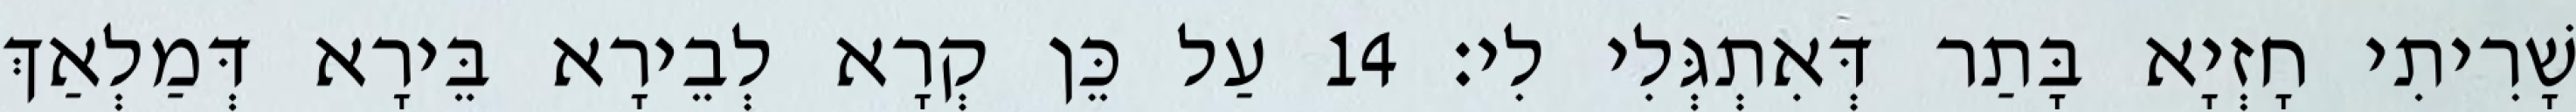
שָׁרִיתִי חָזְיָא בָּתַר דְּאִתְגְּלִי לִי׃ 14 עַל כֵּן קְרָא לְבֵירָא בֵּירָא דְּמַלְאַךְ